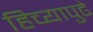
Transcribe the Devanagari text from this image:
हिच्यापुढे